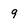
Character: 9